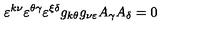
\varepsilon ^ { k \nu } \varepsilon ^ { \theta \gamma } \varepsilon ^ { \xi \delta } g _ { k \theta } g _ { \nu \varepsilon } A _ { \gamma } A _ { \delta } = 0